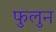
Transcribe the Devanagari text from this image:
फुलुन